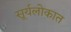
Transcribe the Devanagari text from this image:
सूर्यलोकात